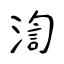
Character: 渹